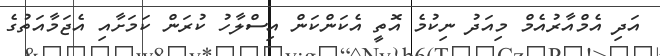
އަދި އެމްއާރުއެމް މިއަދު ނިކުމެ އޮތީ އެކަންކަން އިސްލާހު ކުރަން ކަމަށާއި އެޖަމާއަތުގެ